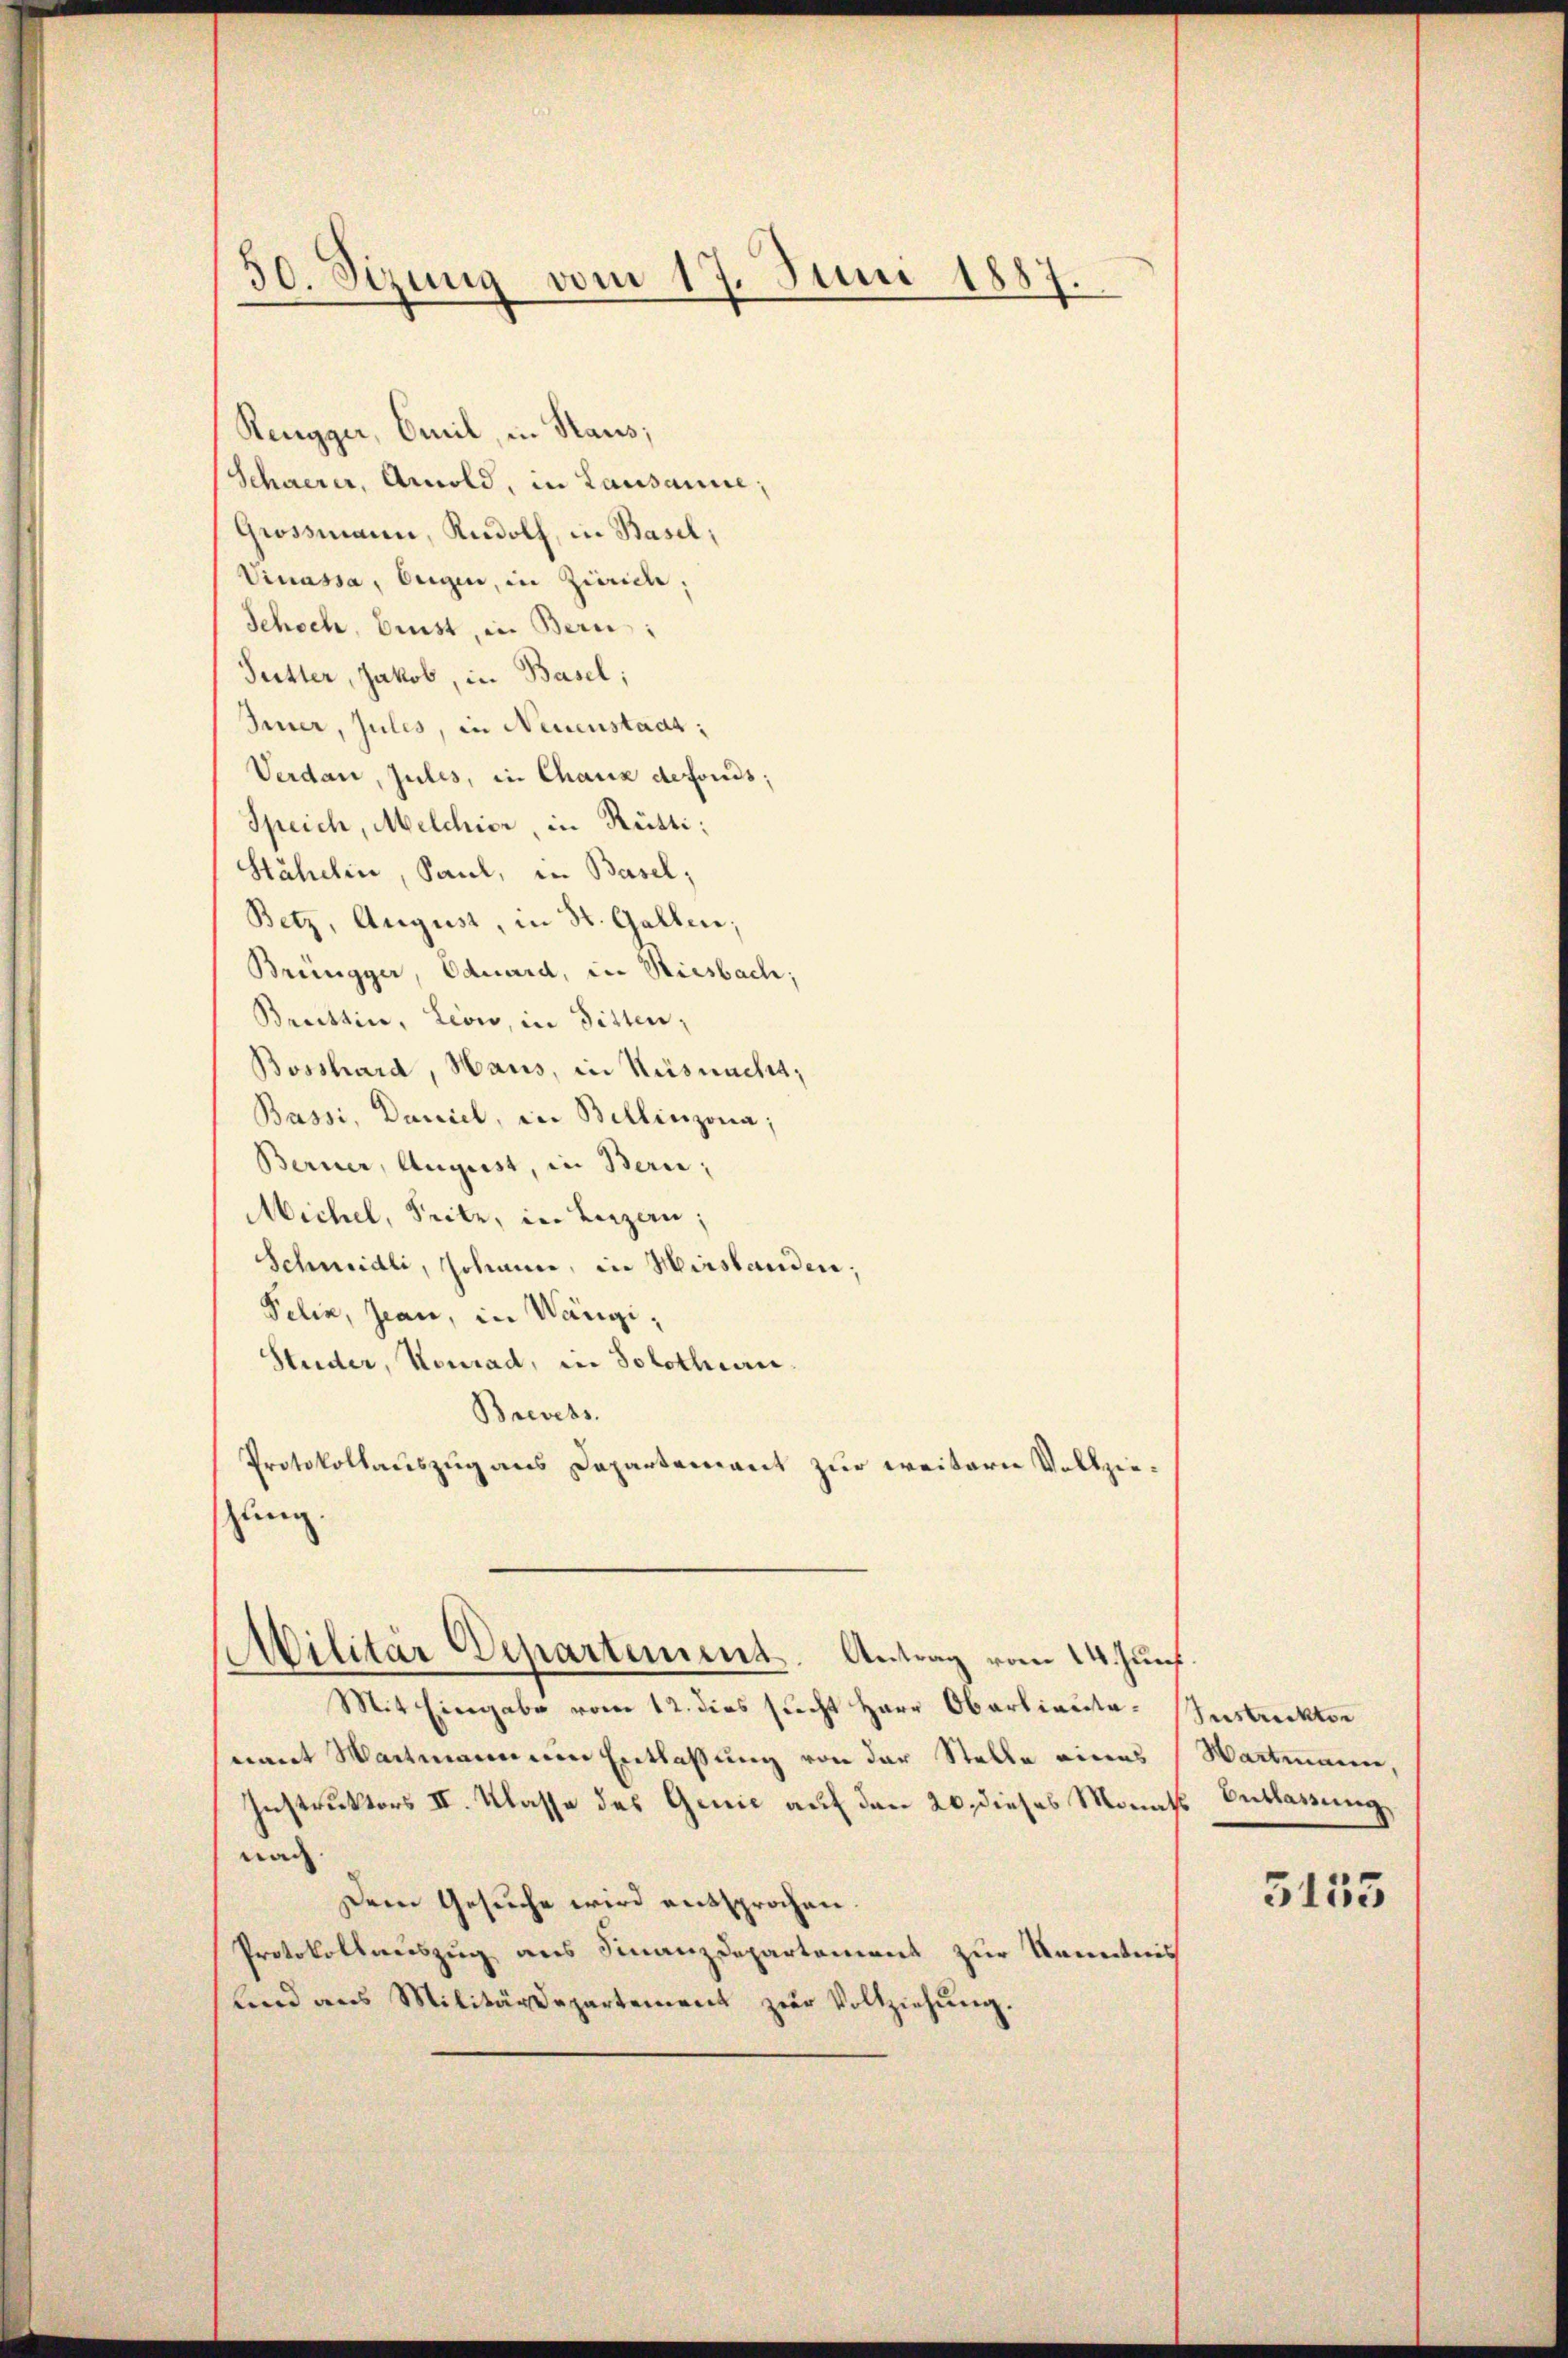
30. Sizung vom 17. Juni 1887.

Rengger, Emil, in Staus;
Schwerer, Arnold, in Lausanne;
Grossmann, Rudolf, in Basel;
Vinassa, Eugen, in Zürich;
Schoch, bist, in Bern:
Futter, Jakob, in Basel;
Feuer, Julis, in Neuenstaat;
Verdan, zules, in Chaux defonds;
Speich, Melchior, in Rütti:
Stähelin, Saul, in Basel;
Betz, August, in St. Gallen;
Brüngger, Eduard, in Riesbach;
Brattin, Leowo, in Sitten;
Bosshard, Haus, in Küsnacht,
Bassi, Daniel, in Billinzona;
Berner, August, in Bern,
Michel, Fritz, in Luzern;
Schmidli, Johann, in Hirslanden;
Pelin, Jean, in Wängi¬
Studer, Konrad, in Solothurn.
Brevets.
Protokollauszug aus Departement zur weitern Vollziezung.

Militär Departement. Antrag vom 24. Juni.

Mit Eingabe vom 12. dies sucht Herr Obarliantanamt Wartmann ein Entlassung von der Stelle eines
Instruktors II. Klasse des Genie auf den 20. dieses Manche Entlassung,
nan |
Dem Gesuche wird entsprochen.
Protokollauszug aus Finanzdepartement zur Kenntnis
und aus Militärdepartement zŭr Vollziehŭng.

Instrecktor
Hartmann,

3155